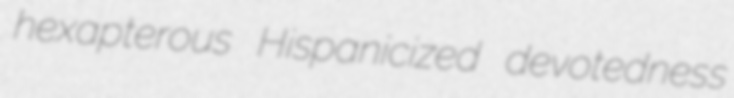
hexapterous Hispanicized devotedness